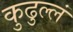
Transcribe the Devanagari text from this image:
कुढुल्लं